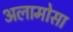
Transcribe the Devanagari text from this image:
अलामोसा